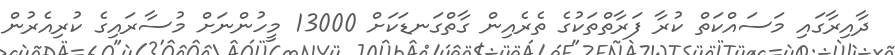
ދާއިރާގައި މަސައްކަތް ކުރާ ފަރާތްތަކުގެ ތެރެއިން ގާތްގަނޑަކަށް 13000 މީހުންނަށް މުސާރައިގެ ކުރިއެރުން